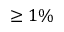
\geq 1 \%